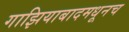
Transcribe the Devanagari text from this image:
गाझियाबादमधूनच